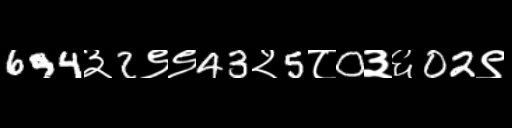
Text: 694३2९९43२5८0३६02९